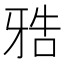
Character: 𰠤